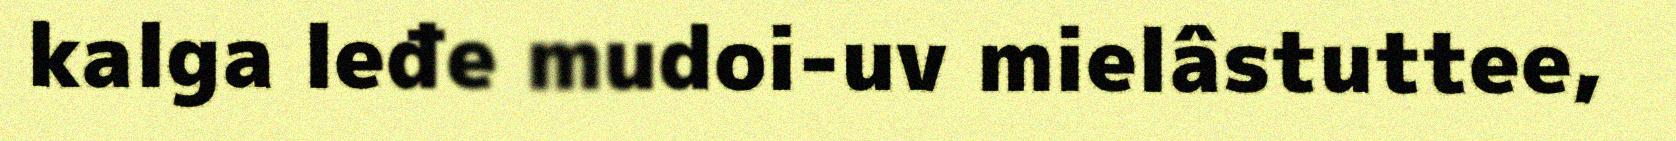
kalga leđe mudoi-uv mielâstuttee,